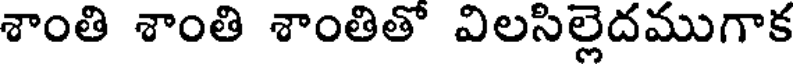
శాంతి శాంతి శాంతితో విలసిల్లెదముగాక